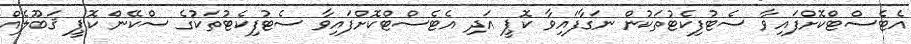
އެޓެސްޓްކޮށްފައިވާ ސެޓުފިކެޓުތަކުން ނަގާފައިވާ ކޮޕީ އަދި އެޓެސްޓްކޮށްފައިވާ ސެޓުފިކެޓުތަކުގެ ސްކޭން ކޮޕީ ޤަބޫލެއް